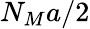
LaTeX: N_{M}a/2